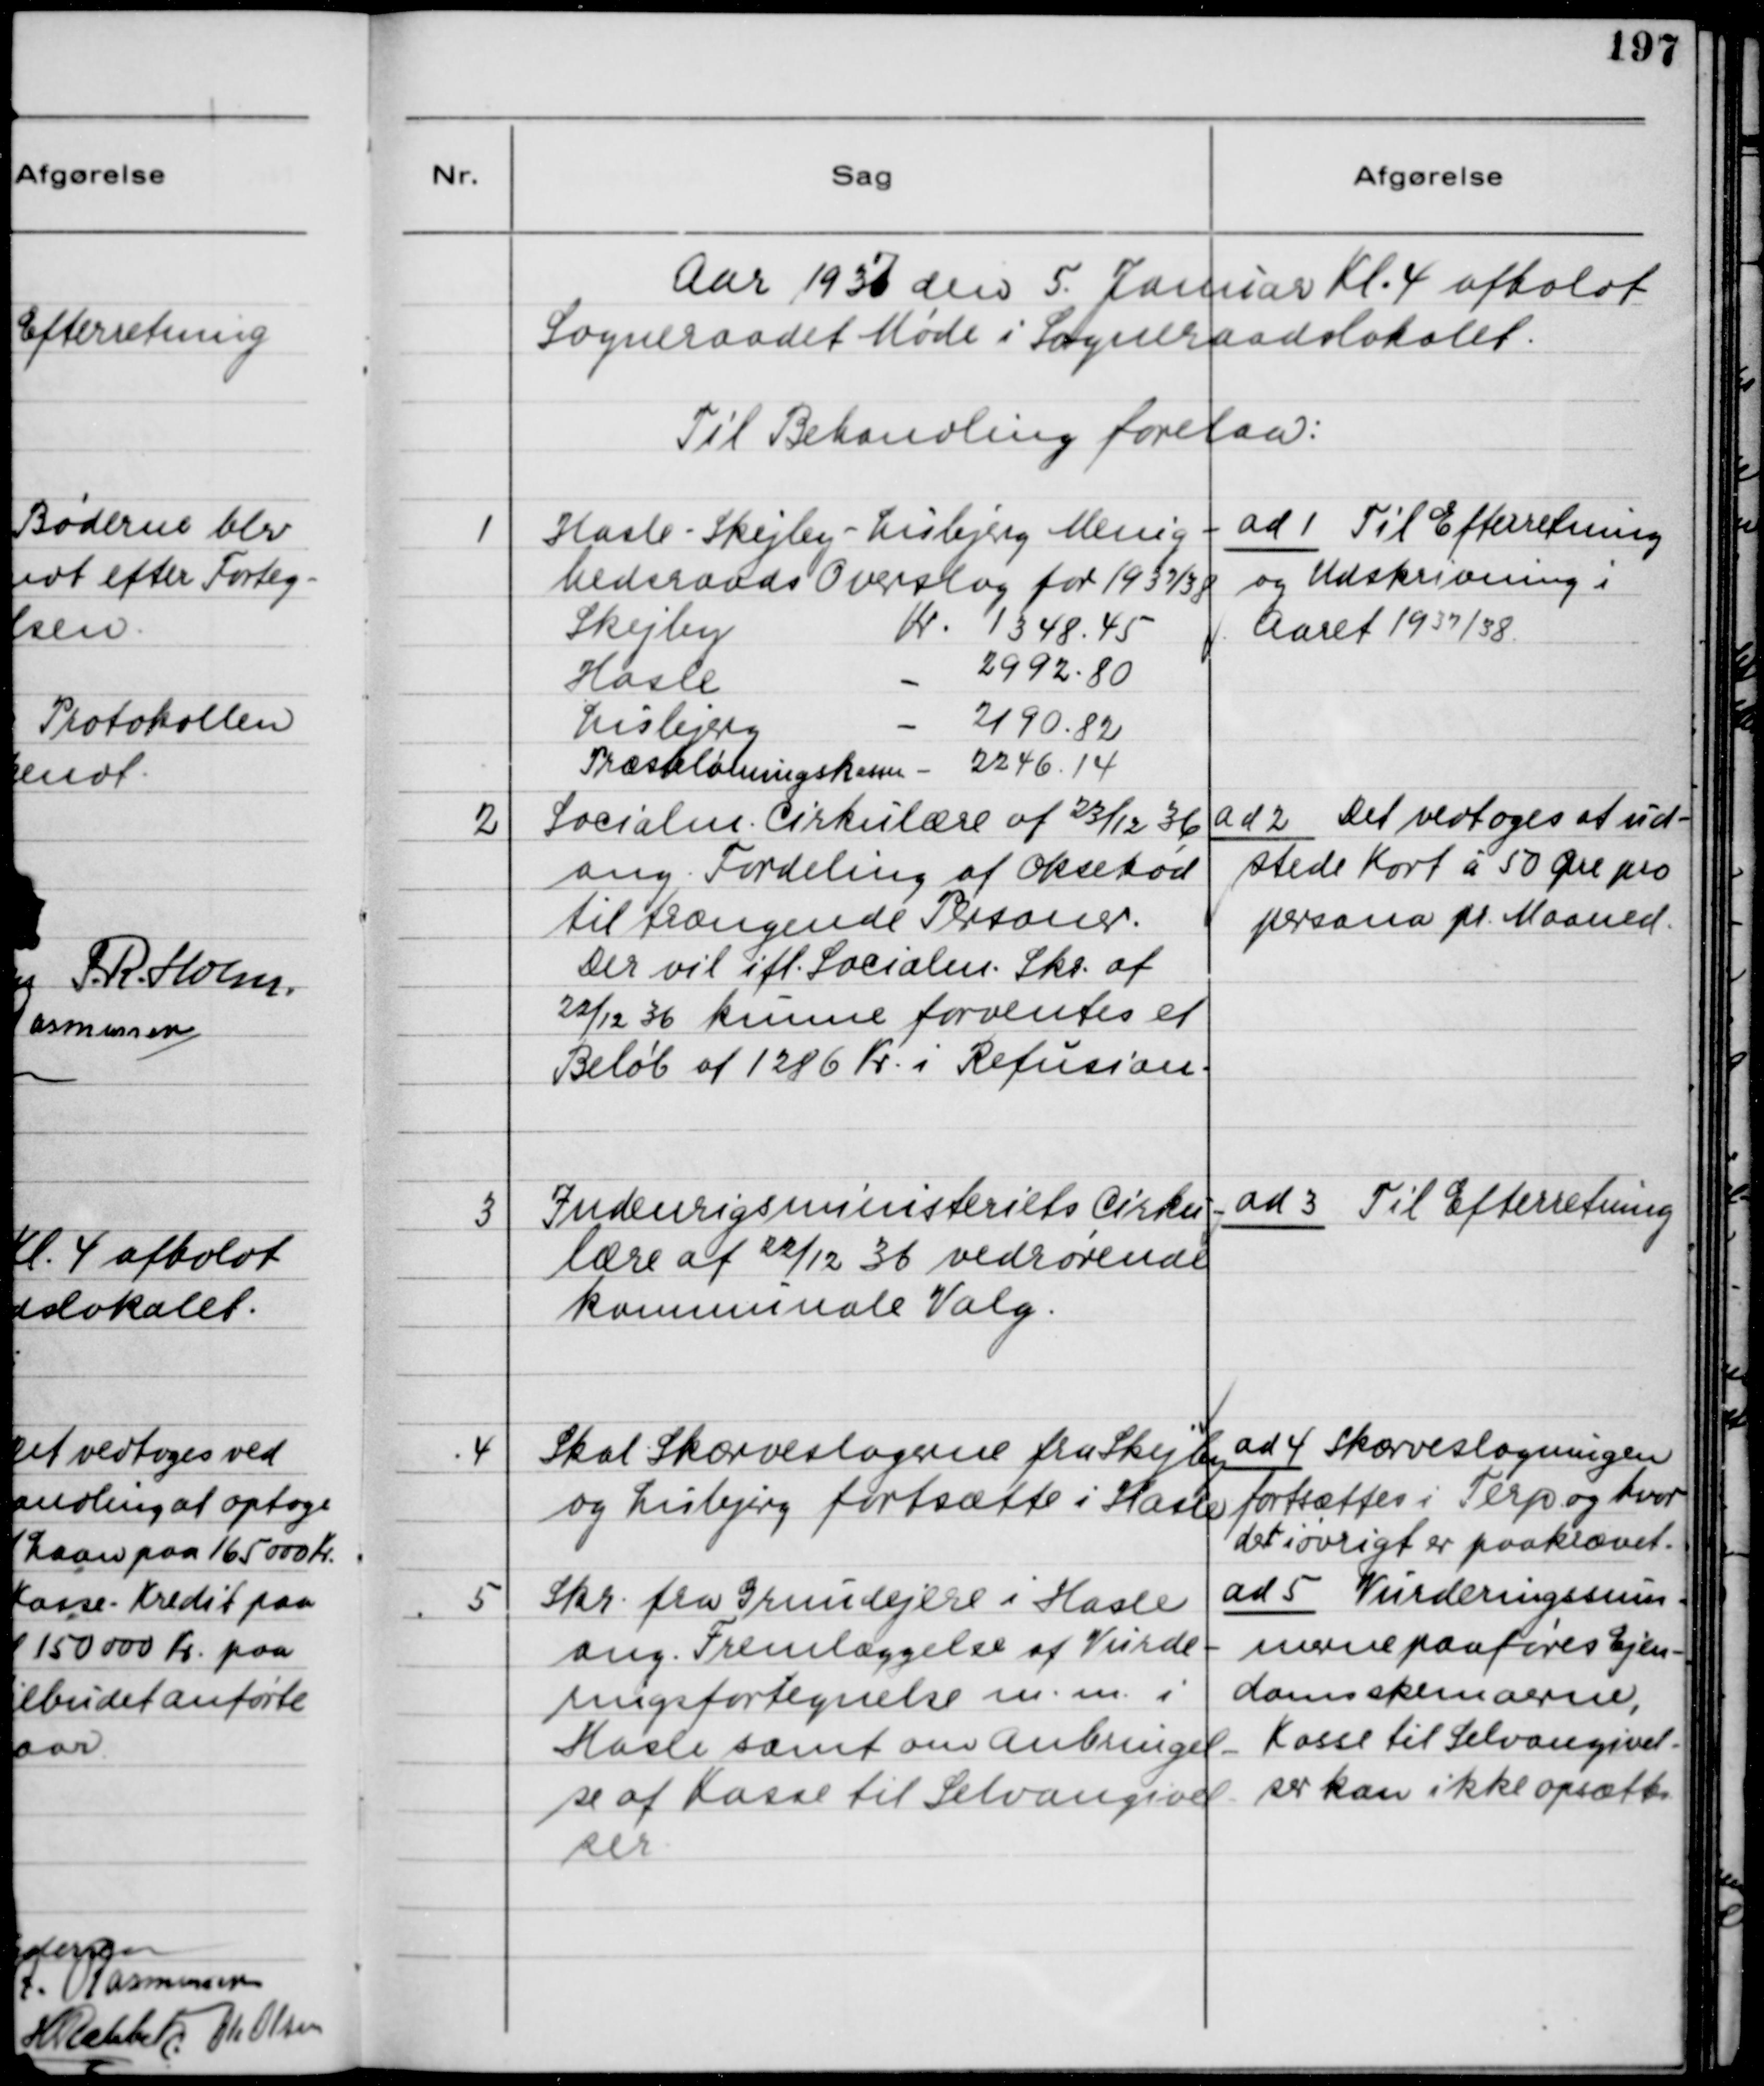
Transskription:
Aar 1937 den 5. Januar Kl 4 afholdt
Sogneraadet Møde i Sogneraadslokalet.
Til Behandling forelaa:
1
Hasle-Skejby-Lisbjerg Menig-
hedsraads Overslag for 1937/38
Skejby
Kr. 1348,45
Hasle
2992,80
Lisbjerg
2190,82
Præstelønningskassen
2246,14
ad 1 Til Efterretning
og Udskrivning i
Aaret 1937/38
2
Socialm. Cirkulære af 23/12 36
ang. Fordeling af Oksekød
til trængende Personer.
Der vil ifl. Socialm. Skr. af
22/12 36 kunne forventes et
Beløb af 1286 kr i Refusion.
ad 2 Det vedtoges at ud-
stede Kort á 50 Øre pro
persona pr. Maaned.
3
Indenrigsministeriets Cirku-
lære af 22/12 36 vedrørende
Kommunale Valg.
ad 3 Til Efterretning
4
Skal Skærveslagerne fra Skejby
og Lisbjerg fortsætte i Hasle
ad 4 Skærveslagningen
fortsættes i Terp og hvor
det i øvrigt er paakrævet.
5
Skr. fra Grundejere i Hasle
ang. Fremlæggelse af Vurde-
ringsfortegnelse m.m. i
Hasle samt om anbringel-
se af Kasse til Selvangivel-
ser.
ad 5 Vurderingssum-
merne paaføres Ejen-
doms skemaerne,
Kasse til Selvangivel-
ser kan ikke opsættes.